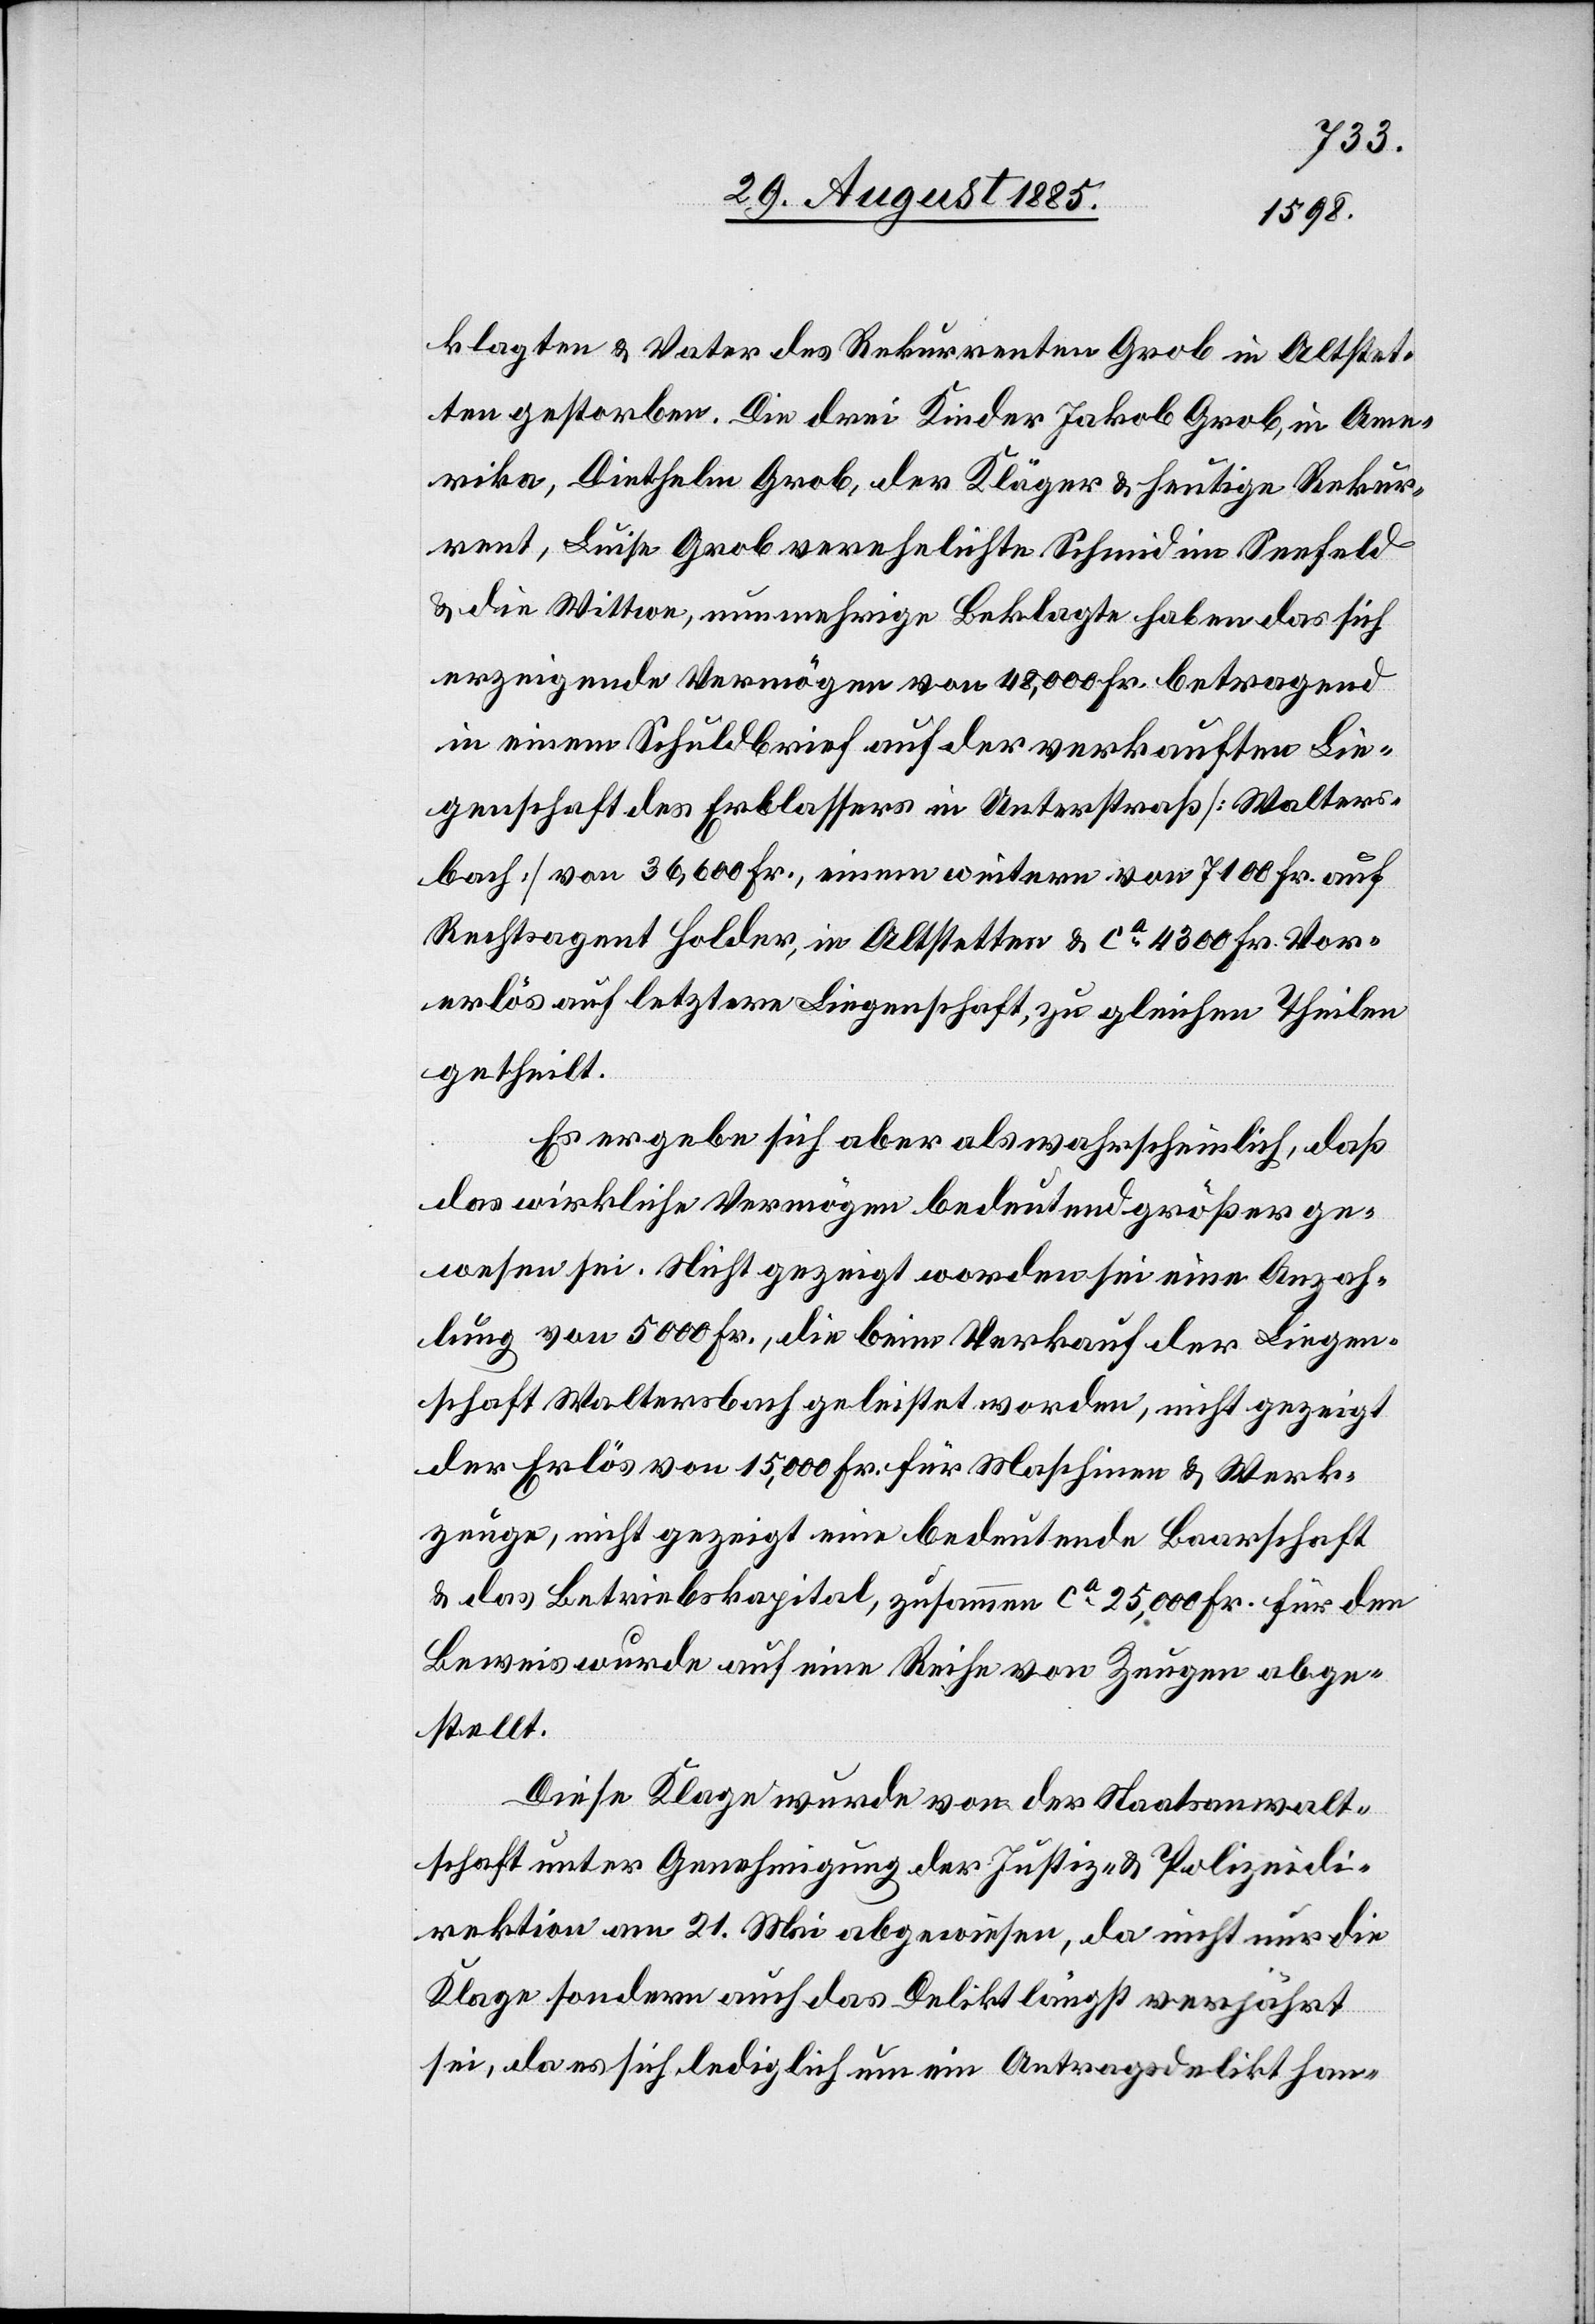
klagten & Vater des Rekurrenten Grob in Altstet¬
ten gestorben. Die drei Kinder Jakob Grob, in Ame¬
rika, Diethelm Grob, der Kläger & heutige Rekur¬
rent, Luise Grob verehelichte Schmid im Seefeld
& die Wittwe, nunmehrige Beklagte haben das sich
erzeigende Vermögen von 48,000 Fr. betragend
in einem Schuldbrief auf der verkauften Lie¬
genschaft des Erblassers in Unterstraß [Walters¬
bach] von 36,600 Fr., einem weitern von 7100 Fr. auf
Rechtsagent Holder, in Altstetten & ca 4300 Fr. Vor¬
erlös auf letztere Liegenschaft, zu gleichen Theilen
getheilt.
Es ergebe sich aber als wahrscheinlich, daß
das wirkliche Vermögen bedeutend größer ge¬
wesen sei. Nicht gezeigt worden sei eine Anzah¬
lung von 5000 Fr., die beim Verkauf der Liegen¬
schaft Waltersbach geleistet worden, nicht gezeigt
der Erlös von 15,000 Fr. für Maschinen & Werk¬
zeuge, nicht gezeigt eine bedeutende Baarschaft
& das Betriebskapital, zusammen ca 25,000 Fr. für den
Beweis wurde auf eine Reihe von Zeugen abge¬
stellt.
Diese Klage wurde von der Staatsanwalt¬
schaft unter Genehmigung der Justiz- & Polizeidi¬
rektion am 21. Mai abgewiesen, da nicht nur die
Klage sondern auch das Delikt längst verjährt
sei, da es sich lediglich um ein Antragsdelikt han-